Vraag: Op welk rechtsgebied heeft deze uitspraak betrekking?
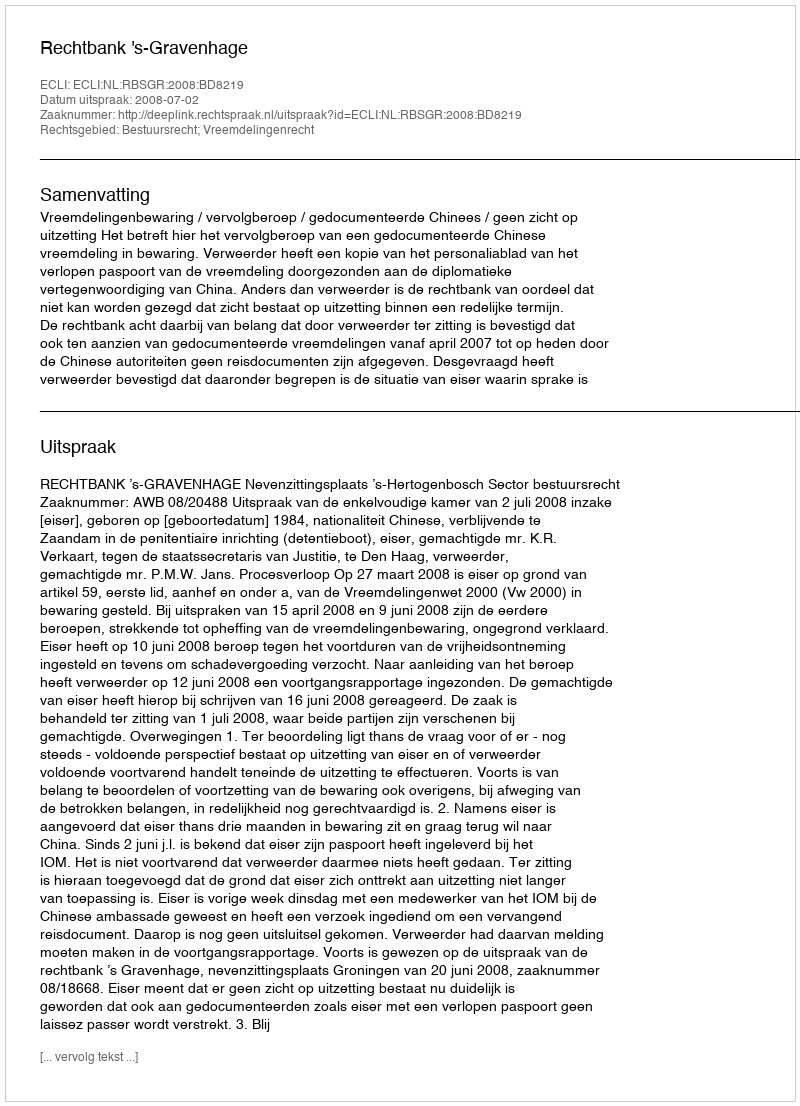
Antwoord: Bestuursrecht; Vreemdelingenrecht